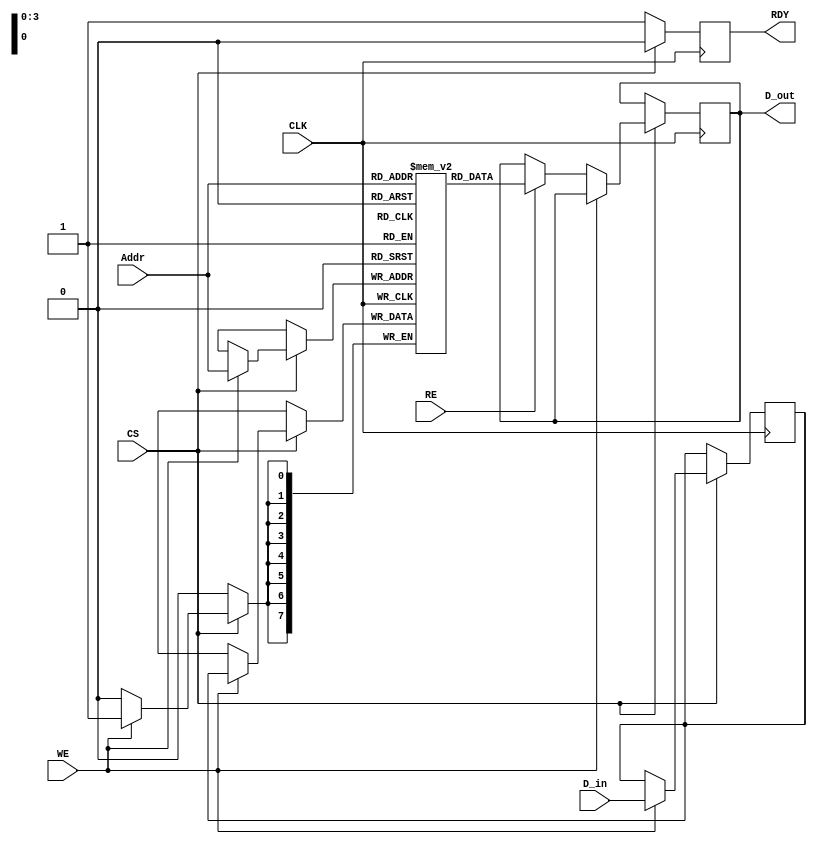
module FeRAM_IO_Block (
    input wire [7:0] D_in,      // Data input
    input wire [3:0] Addr,      // Address input
    input wire WE,              // Write Enable
    input wire RE,              // Read Enable
    input wire CS,              // Chip Select
    input wire CLK,             // Clock
    output reg [7:0] D_out,     // Data output
    output reg RDY              // Ready signal
);

    // Internal data latch
    reg [7:0] data_latch;
    
    // Memory array (for example: 16x8 FeRAM)
    reg [7:0] memory_array [15:0];

    // State machine for readiness
    reg [1:0] state;
    localparam IDLE = 2'b00,
               READ = 2'b01,
               WRITE = 2'b10;

    always @(posedge CLK) begin
        if (CS) begin
            RDY <= 0; // Device is busy when CS is asserted
            if (WE) begin
                // Write operation
                data_latch <= D_in; // Latch the data
                memory_array[Addr] <= data_latch; // Write to memory
                state <= WRITE;
            end else if (RE) begin
                // Read operation
                D_out <= memory_array[Addr]; // Read from memory
                state <= READ;
            end
        end else begin
            RDY <= 1; // Device is ready when CS is not asserted
            state <= IDLE;
        end
    end

    // Optional: Add timing control and other features as needed
    // For simplicity, we assume immediate read/write without additional timing constraints

endmodule